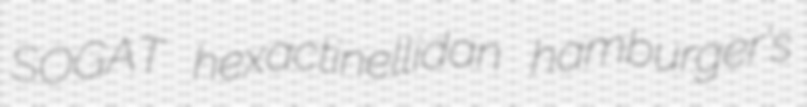
SOGAT hexactinellidan hamburger's